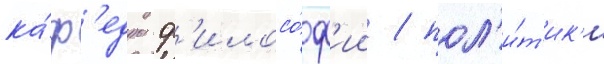
ка́ф'едры ф'илосо́ф'ии / пол'и́т'ик'и